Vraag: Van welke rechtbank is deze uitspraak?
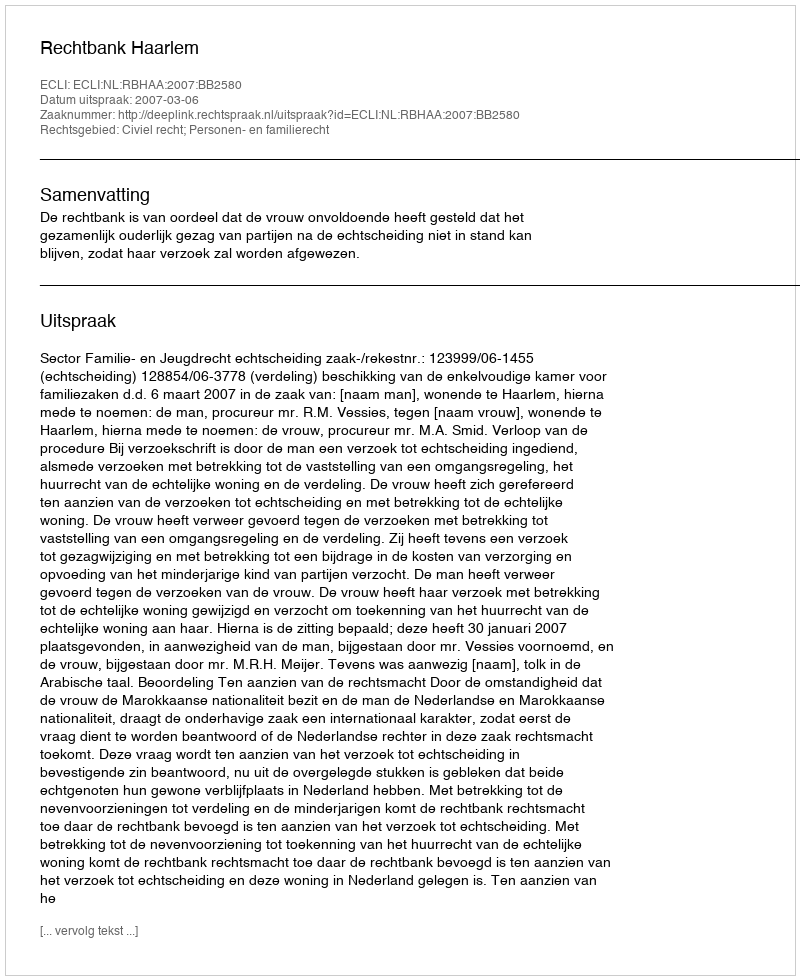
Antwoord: Rechtbank Haarlem